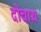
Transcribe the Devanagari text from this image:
दोचाय